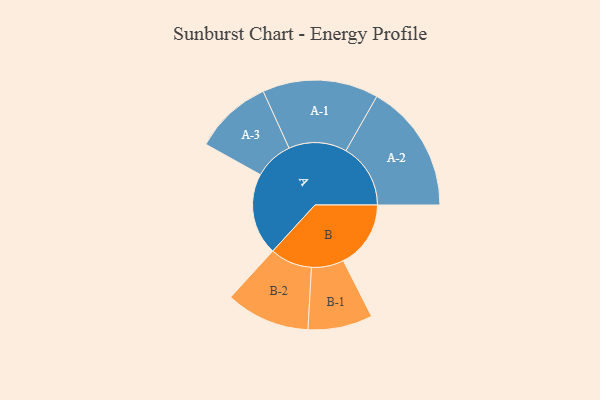
{"axis": {"x": "Segment", "y": "Value"}, "legend": ["", "A", "B"], "data": [{"x": "A", "y": 345, "type": ""}, {"x": "B", "y": 284, "type": ""}, {"x": "A-1", "y": 244, "type": "A"}, {"x": "A-2", "y": 272, "type": "A"}, {"x": "A-3", "y": 164, "type": "A"}, {"x": "B-1", "y": 136, "type": "B"}, {"x": "B-2", "y": 177, "type": "B"}]}